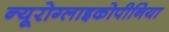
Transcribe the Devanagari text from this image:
न्यूरोग्लाइकोपीनिया